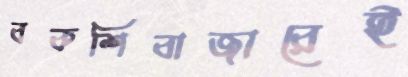
বকশিবাজারেই